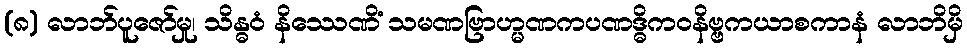
(၈) လာဘ်ပူဇော်မှု၊ သိန္ဓဝံ နိဿေဏိံ သမဏဗြာဟ္မဏကပဏဒ္ဓိကဝနိဗ္ဗကယာစကာနံ လာဘိမှိ